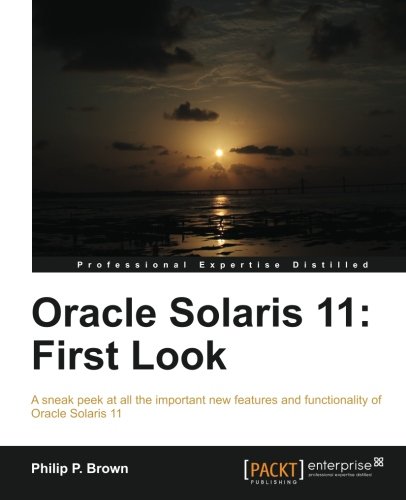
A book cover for Oracle Solaris 11: First Look; Philip P. Brown; Computers & Technology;